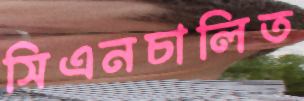
সিএনচালিত